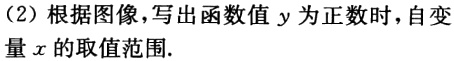
(2) 根据图像，写出函数值 \(y\) 为正数时，自变量 \(x\) 的取值范围.